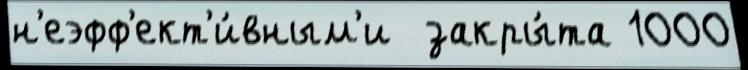
н'еэфф'ект'и́вным'и  закры́та 1000